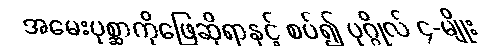
အမေးပုစ္ဆာကိုဖြေဆိုရာနှင့် စပ်၍ ပုဂ္ဂိုလ် ၄-မျိုး